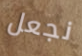
نجعل